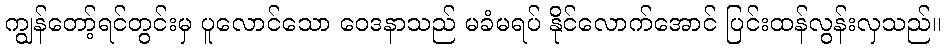
ကျွန်တော့်ရင်တွင်းမှ ပူလောင်သော ဝေဒနာသည် မခံမရပ် နိုင်လောက်အောင် ပြင်းထန်လွန်းလှသည်။